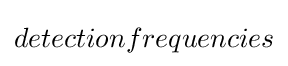
detectionfrequencies